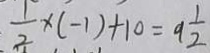
\frac { 1 } { 2 } x \times ( - 1 ) + 1 0 = 9 \frac { 1 } { 2 }